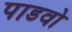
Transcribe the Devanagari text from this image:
पाडवो